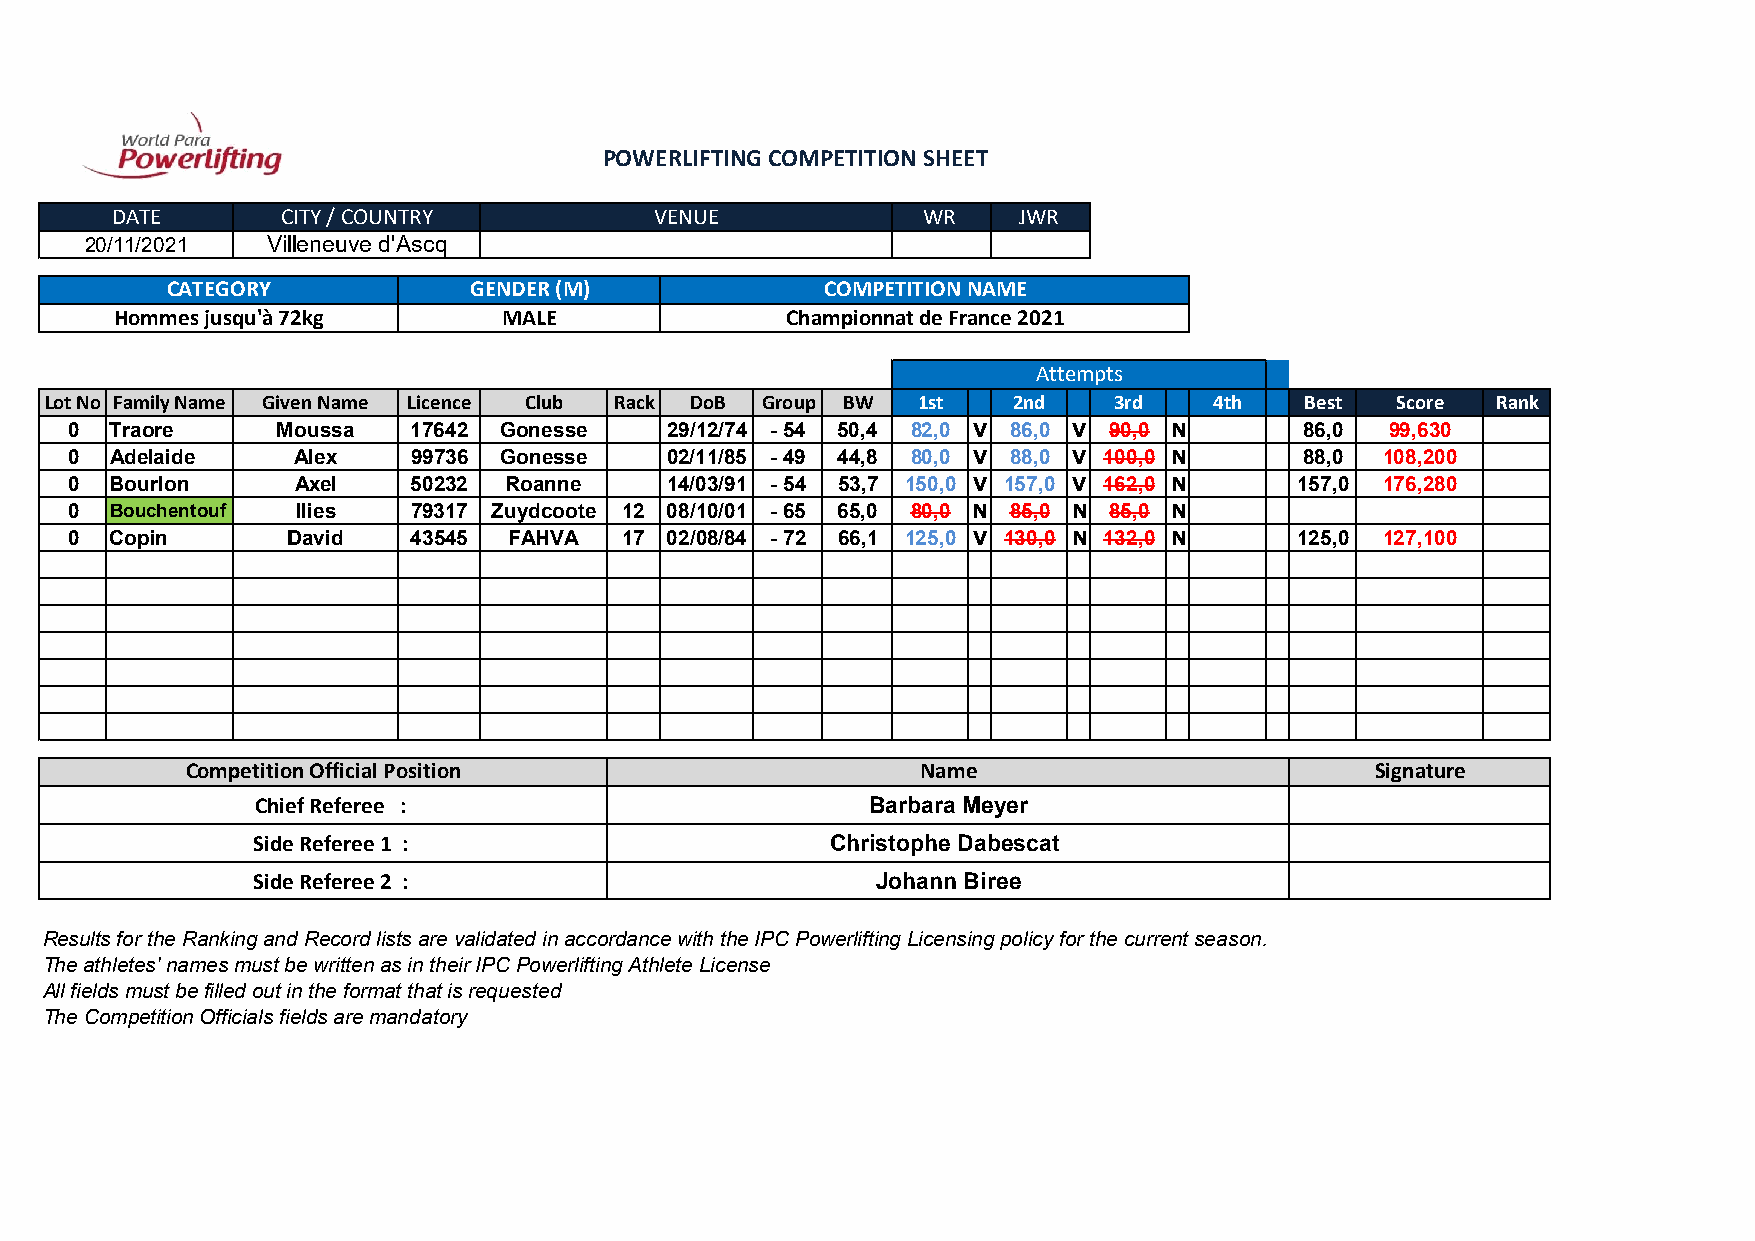
POWERLIFTING COMPETITION SHEET
 DATE        CITY / COUNTRY          VENUE             WR    JWR
 20/11/2021  Villeneuve d'Ascq
 CATEGORY            GENDER (M)              COMPETITION NAME
 Hommes jusqu'à 72kg      MALE               Championnat de France 2021
 Attempts
 Lot No Family Name Given Name Licence Club Rack DoB Group BW 1st 2nd   3rd   4th   Best  Score  Rank
 0  Traore     Moussa   17642 Gonesse    29/12/74 - 54 50,4 82,0 V 86,0 V 90,0 N   86,0  99,630
 0  Adelaide     Alex   99736 Gonesse    02/11/85 - 49 44,8 80,0 V 88,0 V 100,0 N  88,0  108,200
 0  Bourlon     Axel    50232 Roanne     14/03/91 - 54 53,7 150,0 V 157,0 V 162,0 N 157,0 176,280
 0  Bouchentouf  Ilies  79317 Zuydcoote 12 08/10/01 - 65 65,0 80,0 N 85,0 N 85,0 N
 0  Copin       David   43545  FAHVA  17 02/08/84 - 72 66,1 125,0 V 130,0 N 132,0 N 125,0 127,100
 Competition Official Position                    Name                          Signature
 Chief Referee :                          Barbara Meyer
 Side Referee 1 :                      Christophe Dabescat
 Side Referee 2 :                         Johann Biree
 Results for the Ranking and Record lists are validated in accordance with the IPC Powerlifting Licensing policy for the current season.
 The athletes' names must be written as in their IPC Powerlifting Athlete License
 All fields must be filled out in the format that is requested
 The Competition Officials fields are mandatory